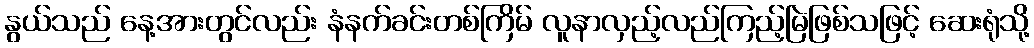
နွယ်သည် နေ့အားတွင်လည်း နံနက်ခင်းတစ်ကြိမ် လူနာလှည့်လည်ကြည့်မြဲဖြစ်သဖြင့် ဆေးရုံသို့